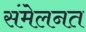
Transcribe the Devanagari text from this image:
संमेलनत